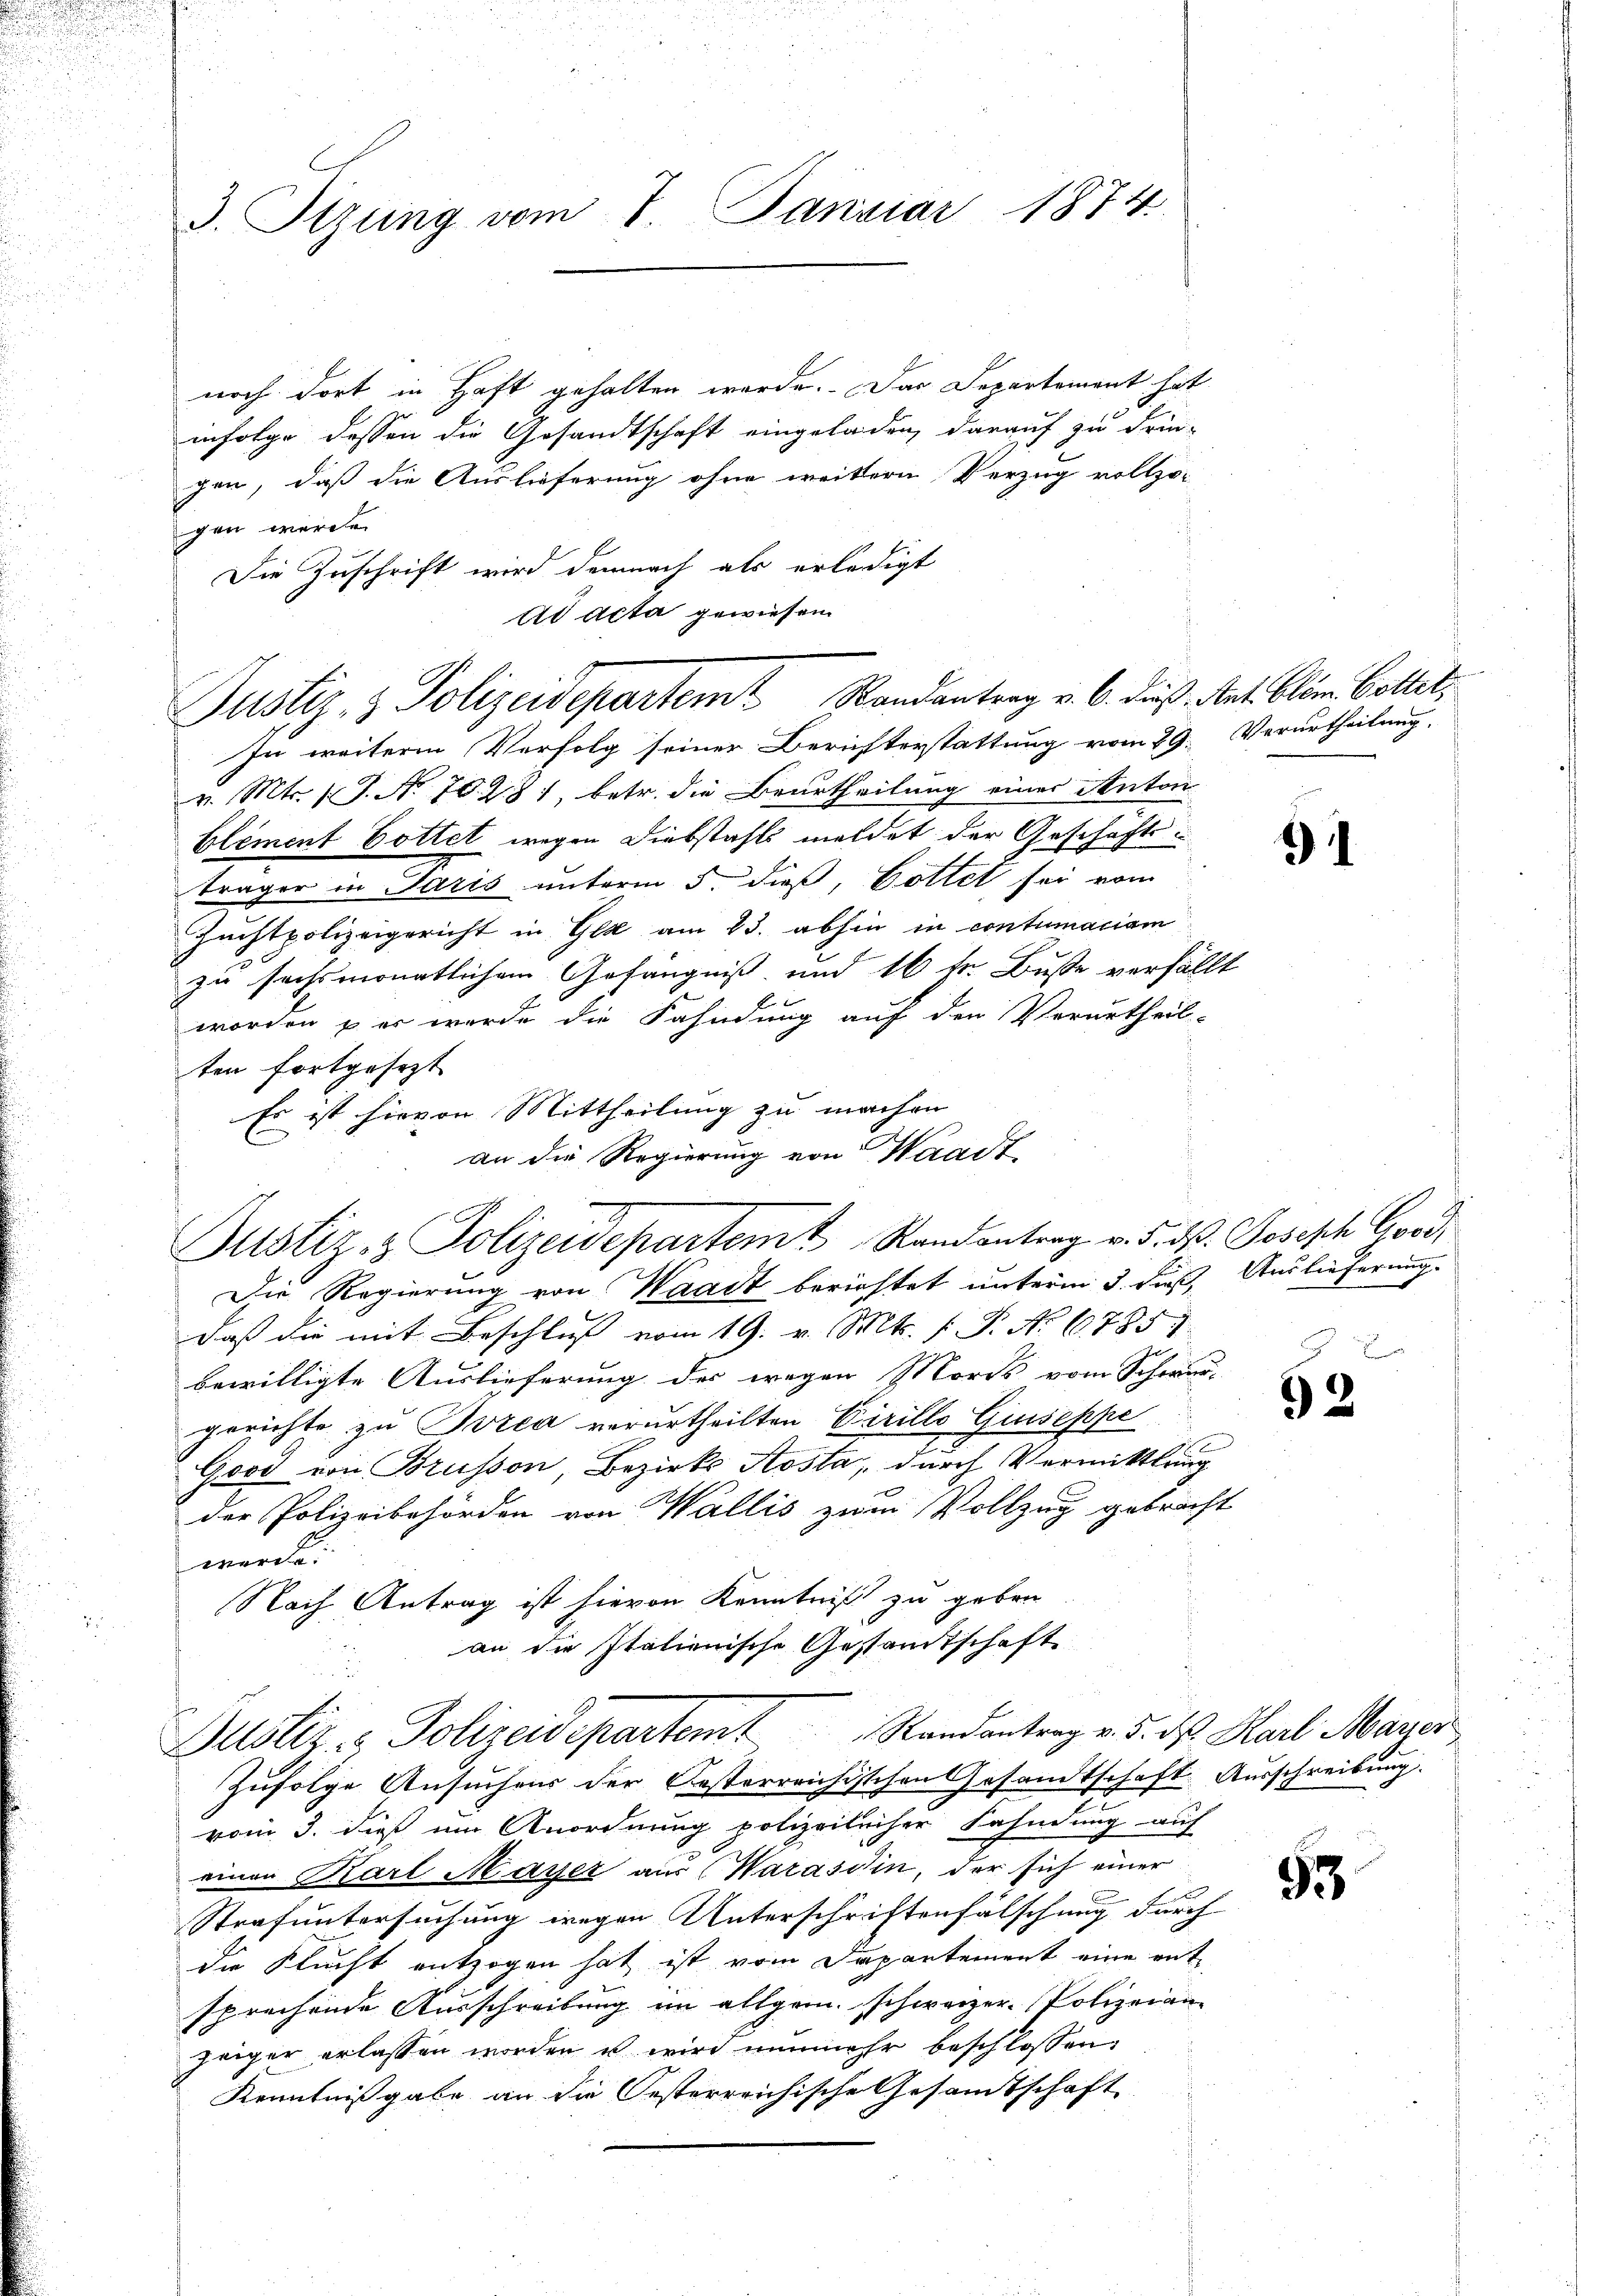
3. Sitzung vom 7. Januar 1874.

noch dort in Haft gehalten werde. Das Departement hat
infolge dessen die Gesandtschaft eingeladen, darauf zu drin-
gen, daß die Auslieferung ohne weitern Verzug vollzo
gen werde.
Die Zuschrift wird demnach als erledigt
Ad Acta gewiesen
In weitere Verfolg seiner Berichterstattung vom 29. Verurtheilung
v. Mts. (T. No. 70. 281, betr. die Beurtheilung einer Anton
blement Gottet wegen Diebstahls meldet der Geschäftsträger in Paris unterm 5. dieß, Gottet sei vom
Zuchtpolizeigericht in Gla am 23. abhin in contumaciam
zu sechsmonatlichem Gefängniß und 16 fr. Buße verhält
worden – er wurde die Fahndung auf den Verurtheil.
ten fortgesezt
Die Regierung von Waadt berichtet unterm 3. daß, Auslieferung.
daß die mit Beschluß vom 19. v. Mts. (T. No 6785)
bewilligte Auslieferung der wegen Mords vom Schwie
gerichte zu Bozen verurtheilten Cirillo Giuseppe
Good von Brusson Bezirks Aosta, durch Vermittlun
der Polizeibehörden von Wallis zwei Vollzug gebrac
werde.
Nach Antrag ist hievon Kenntniß zu geben
an die Italienische Gestandtschaft
Justiz- & Polizeidepartem Randantrag v. 5. ds. Karl Marier
Zufolge Ansuchens der Oesterreichischen Gesandtschaft Ausschreibung.
vom 3. dieß um Anordnung polizeilicher Fahndung auf
einen Karl Mayer aus (Warasdin, der sich einer
Strafuntersuchung wegen Unterschriftenfälschung durch
die Flucht entzogen hat ist vom Departement eine entsprechende Ausschreibung im allgem. schweizer- Polizeian
zeiger erlassen worden u wird nunmehr beschlossen:
Kenntnißgabe an die Oesterreichische Gesamtschaft

Justiz- & Polizeidepartem Randantrag v. 6. dieß. Nat. Clem. Gottet,

Es ist hievon Mittheilung zu machen
an die Regierung von Waadt
Justiz- & Polizeidepartemt Randantrag v. 5. dß. Joseph Good

.

1

2

92

53